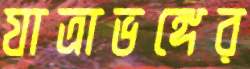
যাত্রাভঙ্গের